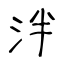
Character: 泮